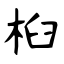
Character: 桕